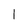
Character: l